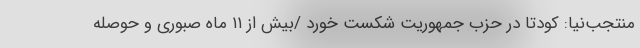
منتجب‌نیا: کودتا در حزب جمهوریت شکست خورد /بیش از ۱۱ ماه صبوری و حوصله